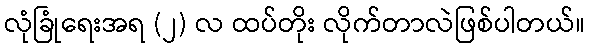
လုံခြုံရေးအရ (၂) လ ထပ်တိုး လိုက်တာလဲဖြစ်ပါတယ်။